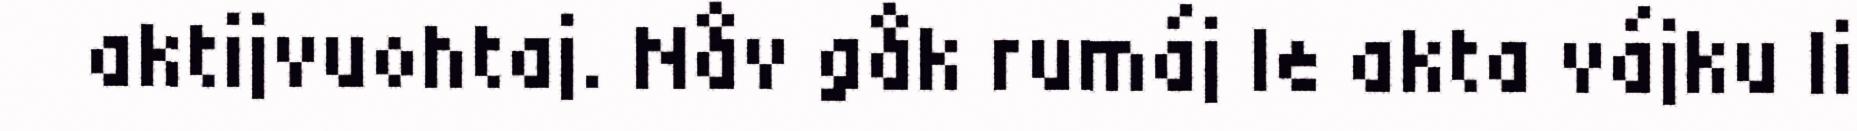
aktijvuohtaj. Nåv gåk rumáj le akta vájku li